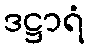
ဒဋ္ဌာရံ